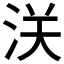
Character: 浂